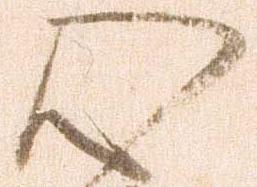
心